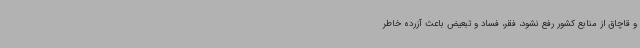
و قاچاق از منابع کشور رفع نشود، فقر، فساد و تبعیض باعث آزرده خاطر